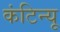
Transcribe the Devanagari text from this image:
कंटिन्यू